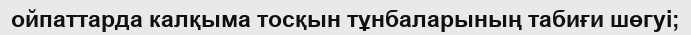
ойпаттарда калқыма тосқын тұнбаларының табиғи шөгуі;